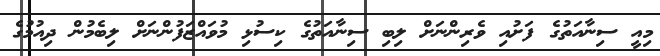
މިއީ ސިނާއަތުގެ ފަށުއި ވެރިންނަށް ލިބި ސިނާއަތުގެ ކިސުޅި މުވައްޒަފުންނަށް ލިބެމުން ދިއުމުގެ